Mental hospitals Bombay report 1929-33 - 1929-1933
Year: 1929
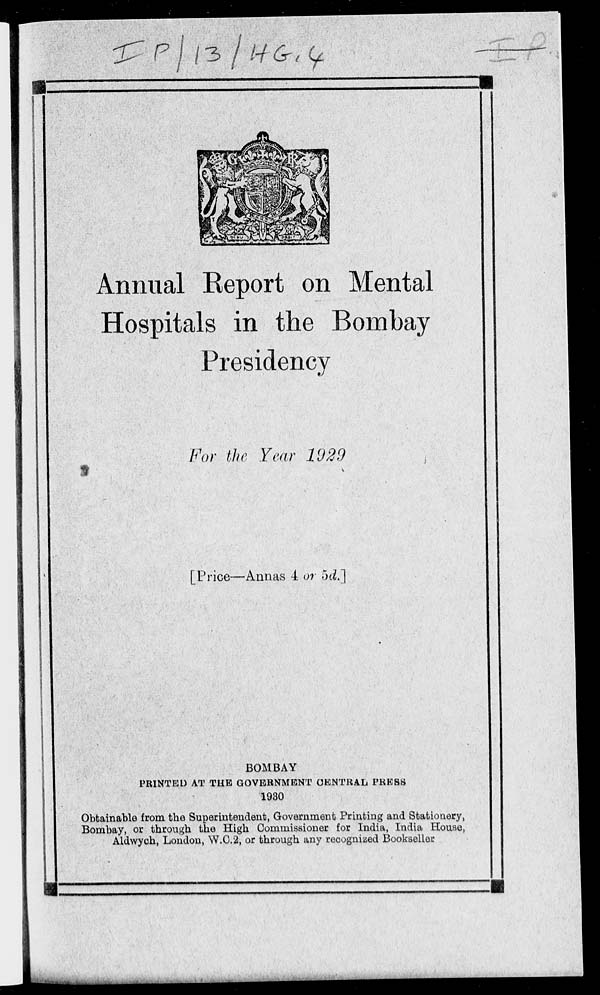
Annual Report on Mental
Hospitals in the Bombay
Presidency
For the Year 1929
[Price—Annas 4 or 5d.]
BOMBAY
PRINTED AT THE GOVERNMENT CENTRAL PRESS
1930
Obtainable from the Superintendent, Government Printing and Stationery,
Bombay, or through the High Commissioner for India, India House,
Aldwych, London, W.C.2, or through any recognized Bookseller